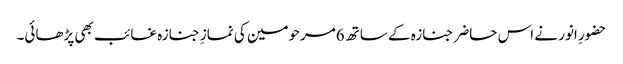
حضورِ انور نے اس حاضر جنازہ کے ساتھ 6مرحومین کی نمازِ جنازہ غائب بھی پڑھائی۔